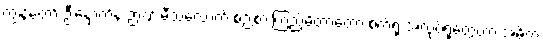
ကျွန်တော့် ဦးနှောက်နဲ့ ဉာဏ် မီသလောက် စဉ်းစားကြည့်မိတာတော့ စက်ရုံ အလုပ်ရုံတွေဟာ အဓိက